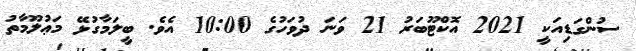
ސުންގަޑިއަކީ 2021 އޮކްޓޫބަރު 21 ވަނަ ދުވަހުގެ 10:00 އެވެ. ބީލަމާގުޅޭ މަޢުލޫމާތު